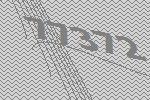
77372